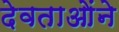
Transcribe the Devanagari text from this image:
देवताओंने